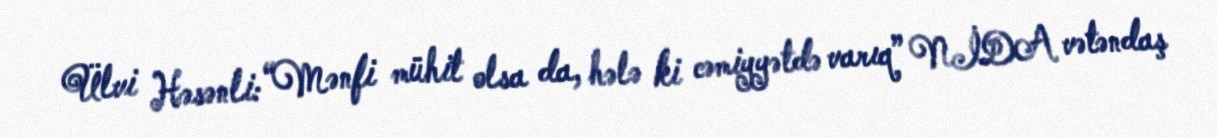
Ülvi Həsənli: “Mənfi mühit olsa da, hələ ki cəmiyyətdə varıq” NİDA vətəndaş